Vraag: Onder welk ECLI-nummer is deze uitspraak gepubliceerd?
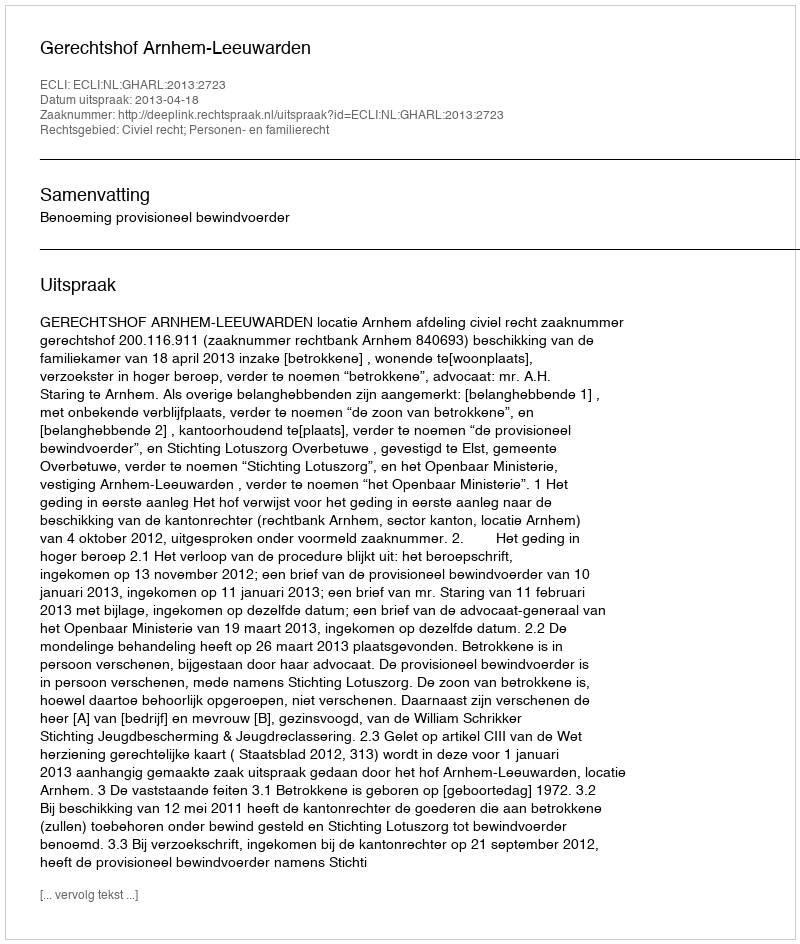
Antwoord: ECLI:NL:GHARL:2013:2723